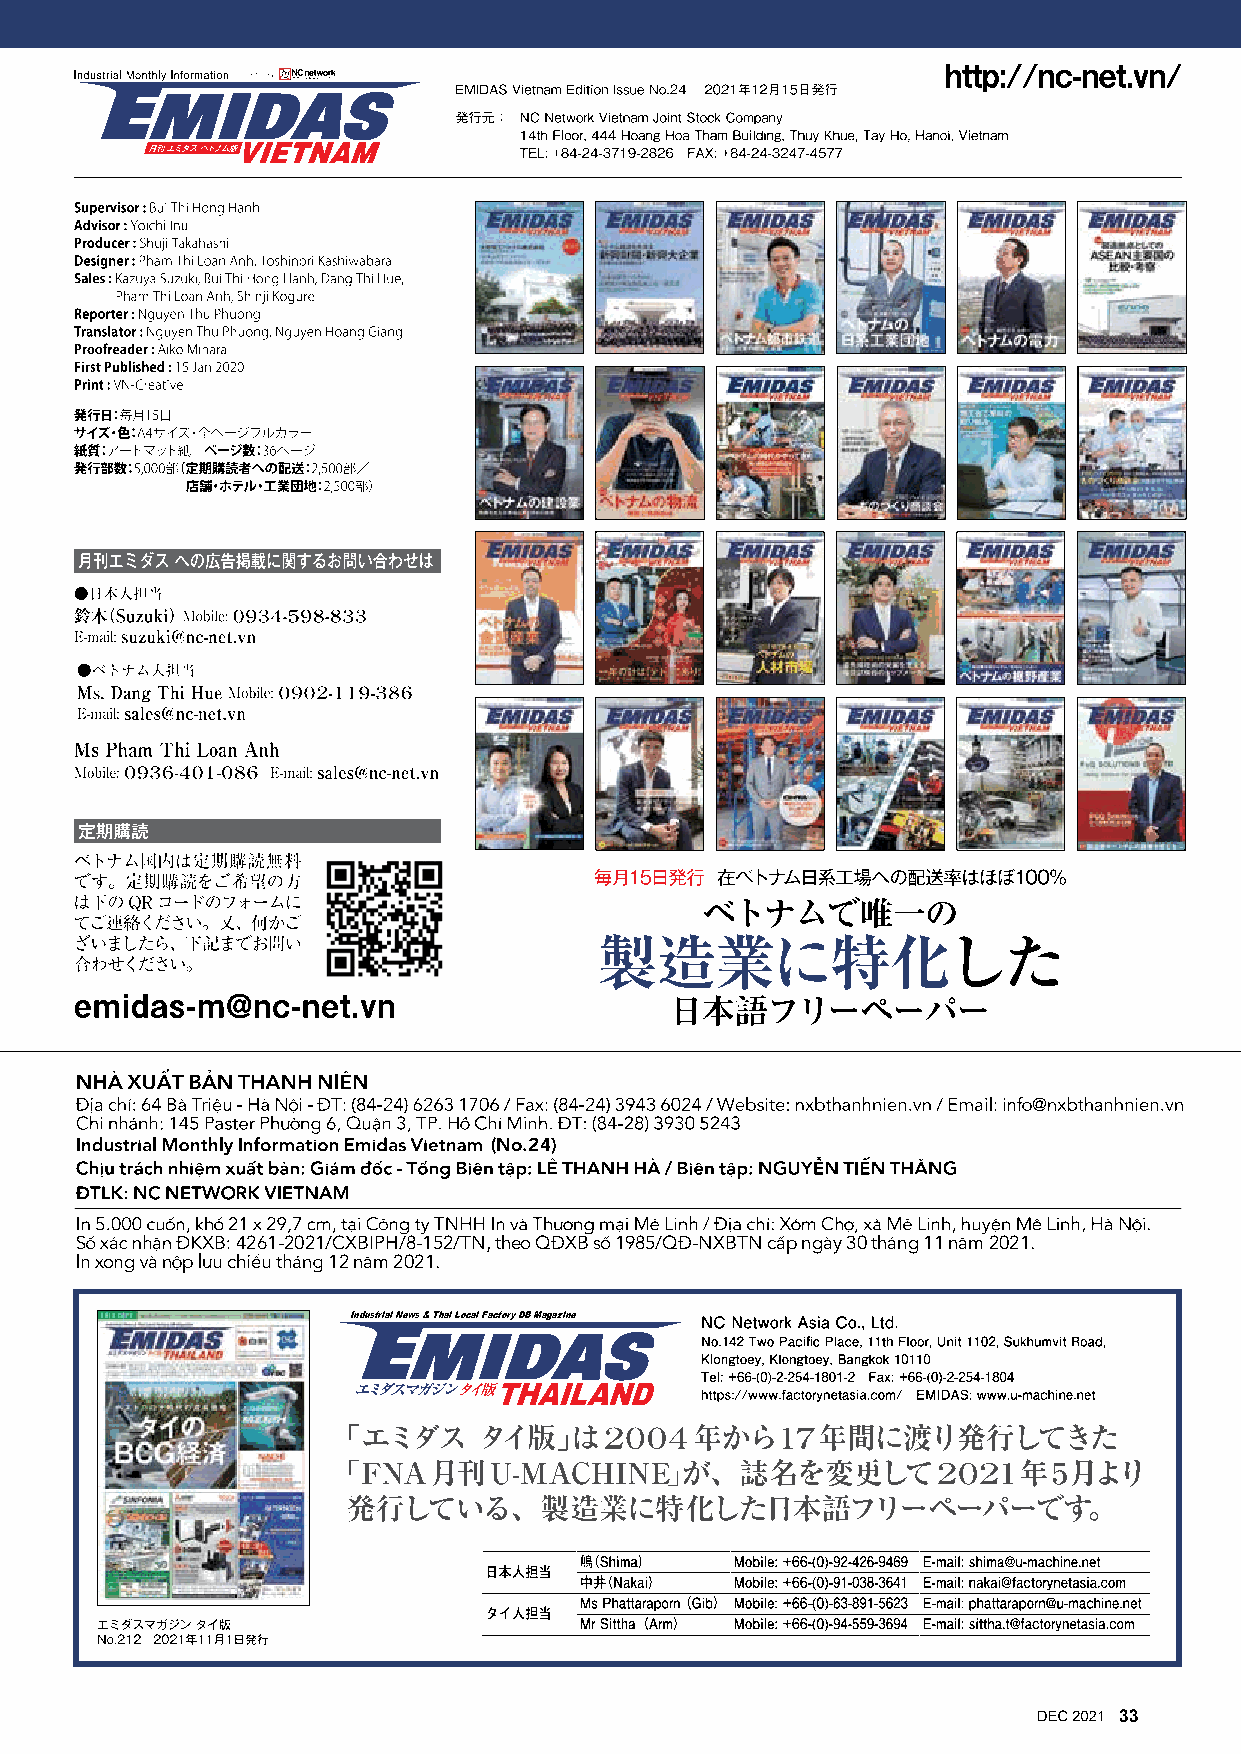
(No.24)
 4261-2021/CXBIPH/8-152/TN, theo QÐXB số 1985/QÐ-NXBTN cấp ngày 30 tháng 11 năm 2021.
 12 năm 2021.
 Industrial News & Thai Local Factory DB Magazine
 エミダスマガジンタイ版